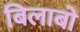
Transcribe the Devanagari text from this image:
बिलाबो